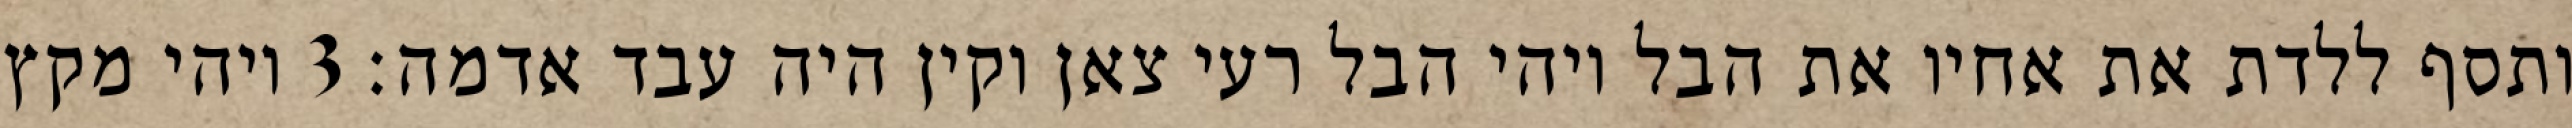
ותסף ללדת את אחיו את הבל ויהי הבל רעי צאן וקין היה עבד אדמה׃ ‎3‏ ויהי מקץ